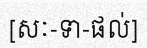
[សៈ-ទា-ផល់]